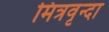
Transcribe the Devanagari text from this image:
मित्रवृन्दा